Materia medica of Madras volume I
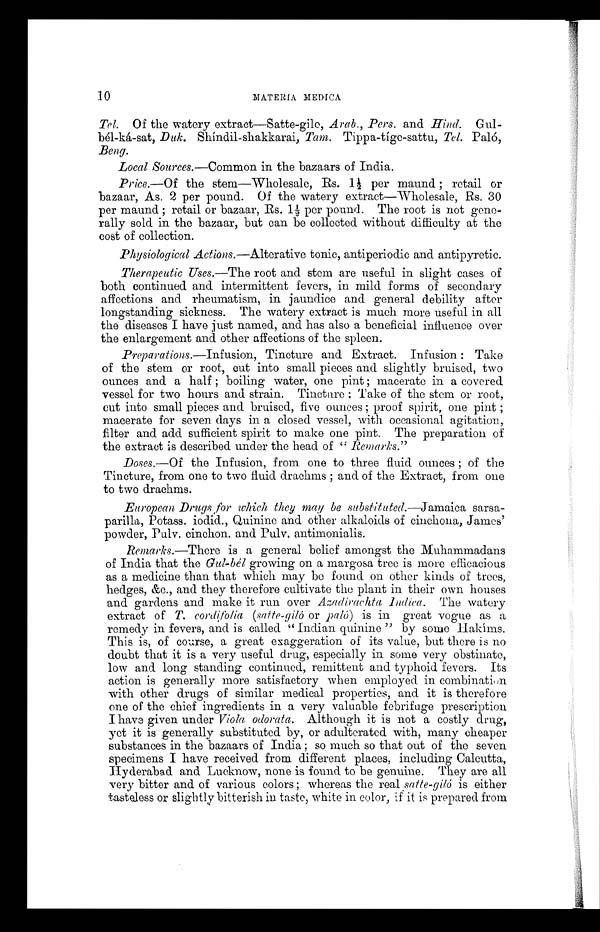
Tel. Of the watery extract—Satte-gilo, Arab., Pers. and Hind. Gul-
-bél-ká-sat, Duk. Shíndil-shakkarai, Tam. Tippa-tíge-sattu, Tel. Palό,
Beng.
Local Sources.—Common in the bazaars of India.
Price.—Of the stem—Wholesale, Rs. 1½ per maund; retail or
bazaar, As. 2 per pound. Of the watery extract—Wholesale, Rs. 30
per maund; retail or bazaar, Rs. 1½ per pound. The root is not gene--
rally sold in the bazaar, but can be collected without difficulty at the
cost of collection.
Physiological Actions .—Alterative tonic, antiperiodic and antipyretic.
Therapeutic Uses.— The root and stem are useful in slight cases of
both continued and intermittent fevers, in mild forms of secondary
affections and rheumatism, in jaundice and general debility after
longstanding sickness. The watery extract is much more useful in all
the diseases I have just named, and has also a beneficial influence over
the enlargement and other affections of the spleen.
Preparations.—Infusion, Tincture and Extract. Infusion: Take
of the stem or root, cut into small pieces and slightly bruised, two
ounces and a half; boiling water, one pint; macerate in a covered
vessel for two hours and strain. Tincture: Take of the stem or root,
cut into small pieces and bruised, five ounces; proof spirit, one pint;
macerate for seven days in a closed vessel, with occasional agitation,
filter and add sufficient spirit to make one pint. The preparation of
the extract is described under the head of " Remarks."
Doses.—Of the Infusion, from one to three fluid ounces; of the
Tincture, from one to two fluid drachms; and of the Extract, from one
to two drachms.
European Drugs for which they may be substituted.— Jamaica sarsa-
parilla, Potass. iodid., Quinine and other alkaloids of cinchona, James'
powder, Pulv. cinchon. and Pulv. antimonialis.
Remarks.—There is a general belief amongst the Muhammadans
of India that the Gul-bél growing on a margosa tree is more efficacious
as a medicine than that which may be found on other kinds of trees,
hedges, &c., and they therefore cultivate the plant in their own houses
and gardens and make it run over Azadirachta Indica. The, watery
extract of T. cordifolia (satte-giló or paló) is in great vogue as a
remedy in fevers, and. is called ''Indian quinine" by some Hakíms.
This is, of course, a great exaggeration of its value, but there
i s n o d o u b t t h a t i t i s a v e r y u s e f u l d r u g , e s p e c i a l l y i n s o m e v e r y o b s t i n a t e ,
low and long standing continued, remittent and typhoid fevers. Its
action is generally more satisfactory when employed in combination
with other drugs of similar medical properties, and it is therefore
one of the chief ingredients in a very valuable febrifuge prescription
I have given under Viola odorata. Although it is not a costly drug,
yet it is generally substituted by, or adulterated with, many cheaper
substances in the bazaars of India; so much so that out of the seven
specimens I have received from different places, including Calcutta,
Hyderabad and Lucknow, none is found to be genuine. They are all
very bitter and of various colors; whereas the real satte-giló is either
tasteless or slightly bitterish in taste, white in color, if it is prepared from